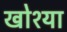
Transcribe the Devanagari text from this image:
खोश्या